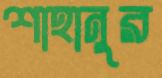
শাহানুর